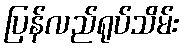
ပြန်လည်ရုပ်သိမ်း